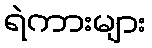
ရဲကားများ